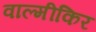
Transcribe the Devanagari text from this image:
वाल्मीकिर